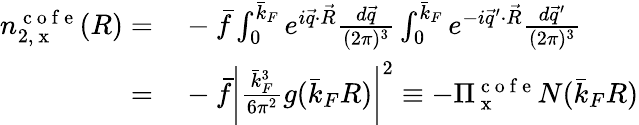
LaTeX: \begin{array}{rl}{n_{2,\mathrm{~x~}}^{\mathrm{~c~o~f~e~}}(R)=}&{{}-\bar{f}\int_{0}^{\bar{k}_{F}}e^{i\vec{q}\cdot\vec{R}}\frac{d\vec{q}}{(2\pi)^{3}}\int_{0}^{\bar{k}_{F}}e^{-i\vec{q}^{\prime}\cdot\vec{R}}\frac{d\vec{q}^{\prime}}{(2\pi)^{3}}}\\ {=}&{{}-\bar{f}\bigg|\frac{\bar{k}_{F}^{3}}{6\pi^{2}}g(\bar{k}_{F}R)\bigg|^{2}\equiv-\Pi_{\mathrm{~x~}}^{\mathrm{~c~o~f~e~}}N(\bar{k}_{F}R)}\end{array}